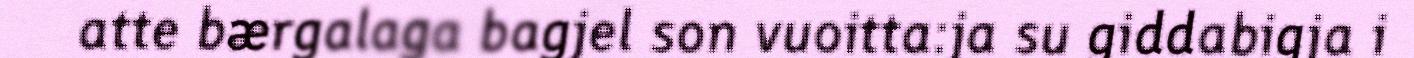
atte bærgalaga bagjel son vuoitta:ja su giddabigja i